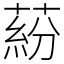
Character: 蒶